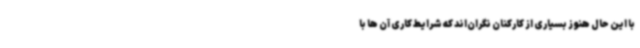
با این حال هنوز بسیاری از کارکنان نگران‌اند که شرایط کاری آن ها با